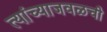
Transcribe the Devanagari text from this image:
त्यांच्याजवळची